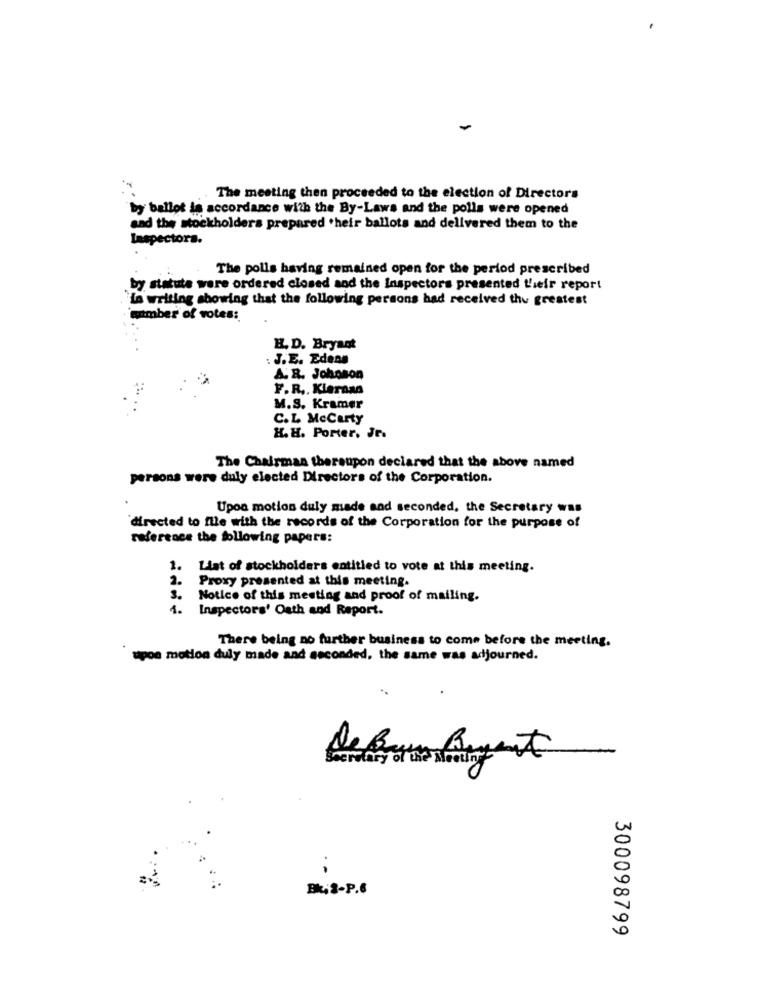
The meeting then proceeded to the election of Directors
by ballot in accordance with the By-Laws and the polls were opened
and the stockholders prepared their ballots and delivered them to the
Inspectora.
The polls having remained open for the period prescribed
by statute were ordered closed and the Inspectors presented their report
.in writing showing that the following persons had received the greatest
"member of votes:
B. D. Bryant
: J.E. Edens
A. R. Johnson
F.R .. Kieraso
M.S. Kramer
C.L McCarty
H. H. Porter. Jr.
The Chairman thereupon declared that the above named
persons were duly elected Directors of the Corporation.
Upon motion duly made and seconded, the Secretary was
directed to file with the records of the Corporation for the purpose of
reference the following papers:
1.
List of stockholders entitled to vote at this meeting.
2.
Proxy presented at this meeting.
3.
Notice of this meeting and proof of mailing.
1. Inspectors' Oath and Report.
There being no further business to come before the meeting.
upon motion duly made and seconded, the same was adjourned.
Bk, 2-P.6
300098799